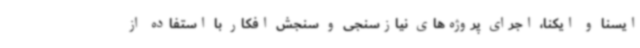
ایسنا و ایکنا، اجرای پروژه‌های نیازسنجی و سنجش افکار با استفاده از